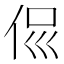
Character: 𠈉